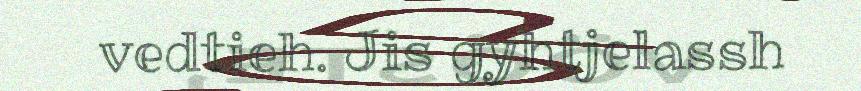
vedtieh. Jis gyhtjelassh